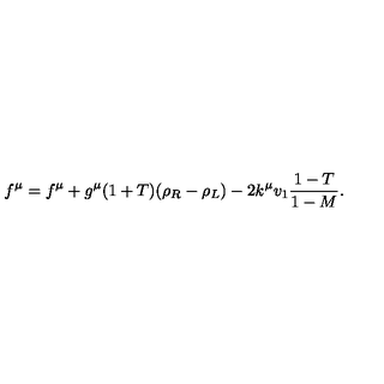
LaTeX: f ^ { \mu } = f ^ { \mu } + g ^ { \mu } ( 1 + T ) ( \rho _ { R } - \rho _ { L } ) - 2 k ^ { \mu } v _ { 1 } \frac { 1 - T } { 1 - M } .